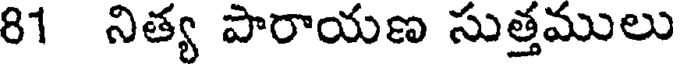
81 నిత్య పారాయణ సుత్తములు